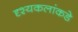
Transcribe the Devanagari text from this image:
दृश्यकलांकडे